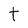
Character: t